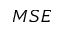
M S E